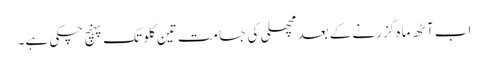
اب آٹھ ماہ گزرنے کے بعد مچھلی کی جسامت تین کلو تک پہنچ چکی ہے۔